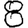
Digit: 8